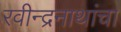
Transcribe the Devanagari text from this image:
रवीन्द्रनाथांचा